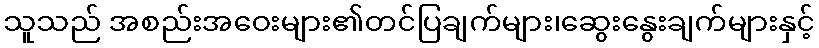
သူသည် အစည်းအဝေးများ၏တင်ပြချက်များ၊ဆွေးနွေးချက်များနှင့်